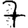
Digit: 7